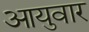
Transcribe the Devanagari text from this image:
आयुवार